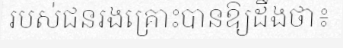
របស់ជនរងគ្រោះបានឱ្យដឹងថា៖